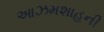
આઝમશાહની